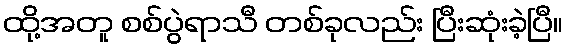
ထို့အတူ စစ်ပွဲရာသီ တစ်ခုလည်း ပြီးဆုံးခဲ့ပြီ။